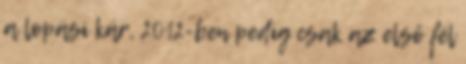
a lopási kár, 2012-ben pedig csak az első fél